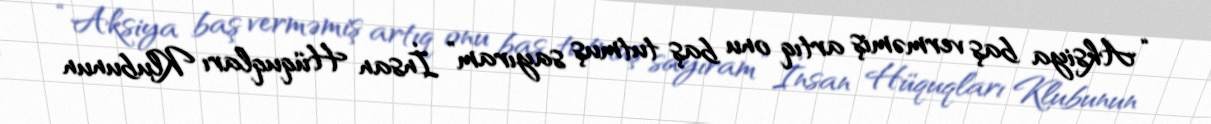
“Aksiya baş verməmiş artıq onu baş tutmuş sayıram” İnsan Hüquqları Klubunun